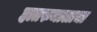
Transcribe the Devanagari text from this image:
हातरुमालाचा